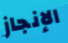
الإنجاز